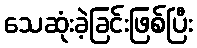
သေဆုံးခဲ့ခြင်းဖြစ်ပြီး